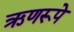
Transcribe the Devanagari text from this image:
ऋणरूपे